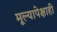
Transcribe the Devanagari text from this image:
मूल्यापेक्षाही